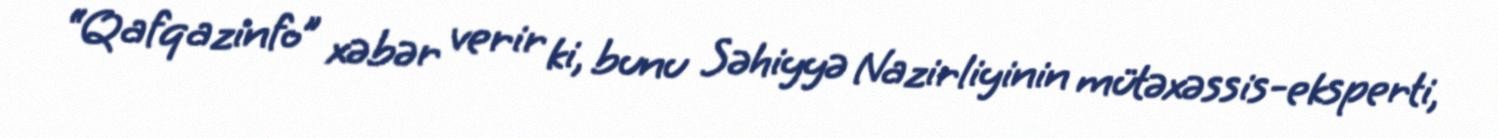
“Qafqazinfo” xəbər verir ki, bunu Səhiyyə Nazirliyinin mütəxəssis-eksperti,